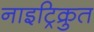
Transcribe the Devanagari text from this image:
नाइट्रिक्रुत